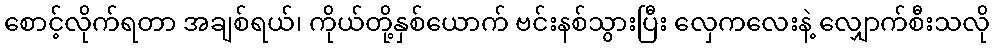
စောင့်လိုက်ရတာ အချစ်ရယ်၊ ကိုယ်တို့နှစ်ယောက် ဗင်းနစ်သွားပြီး လှေကလေးနဲ့ လျှောက်စီးသလို